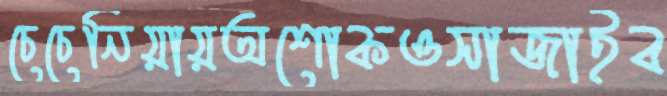
চেচেনিয়ায়অশোকওসাজাইব